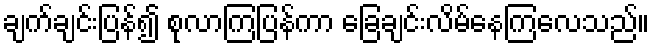
ချက်ချင်းပြန်၍ စုလာကြပြန်ကာ ခြေချင်းလိမ်နေကြလေသည်။